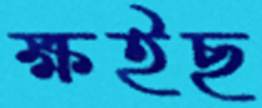
ক্ষইছ